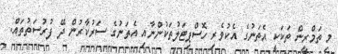
މި ތަމްރީން ތަކަކީ އެތަނުގެ އެކުވެރި ހޮސްޕިޓަލުތަކުންނާއި އެތަނުގެ ސަރުކާރުން ދޭ ފުރުސަތުތައް.